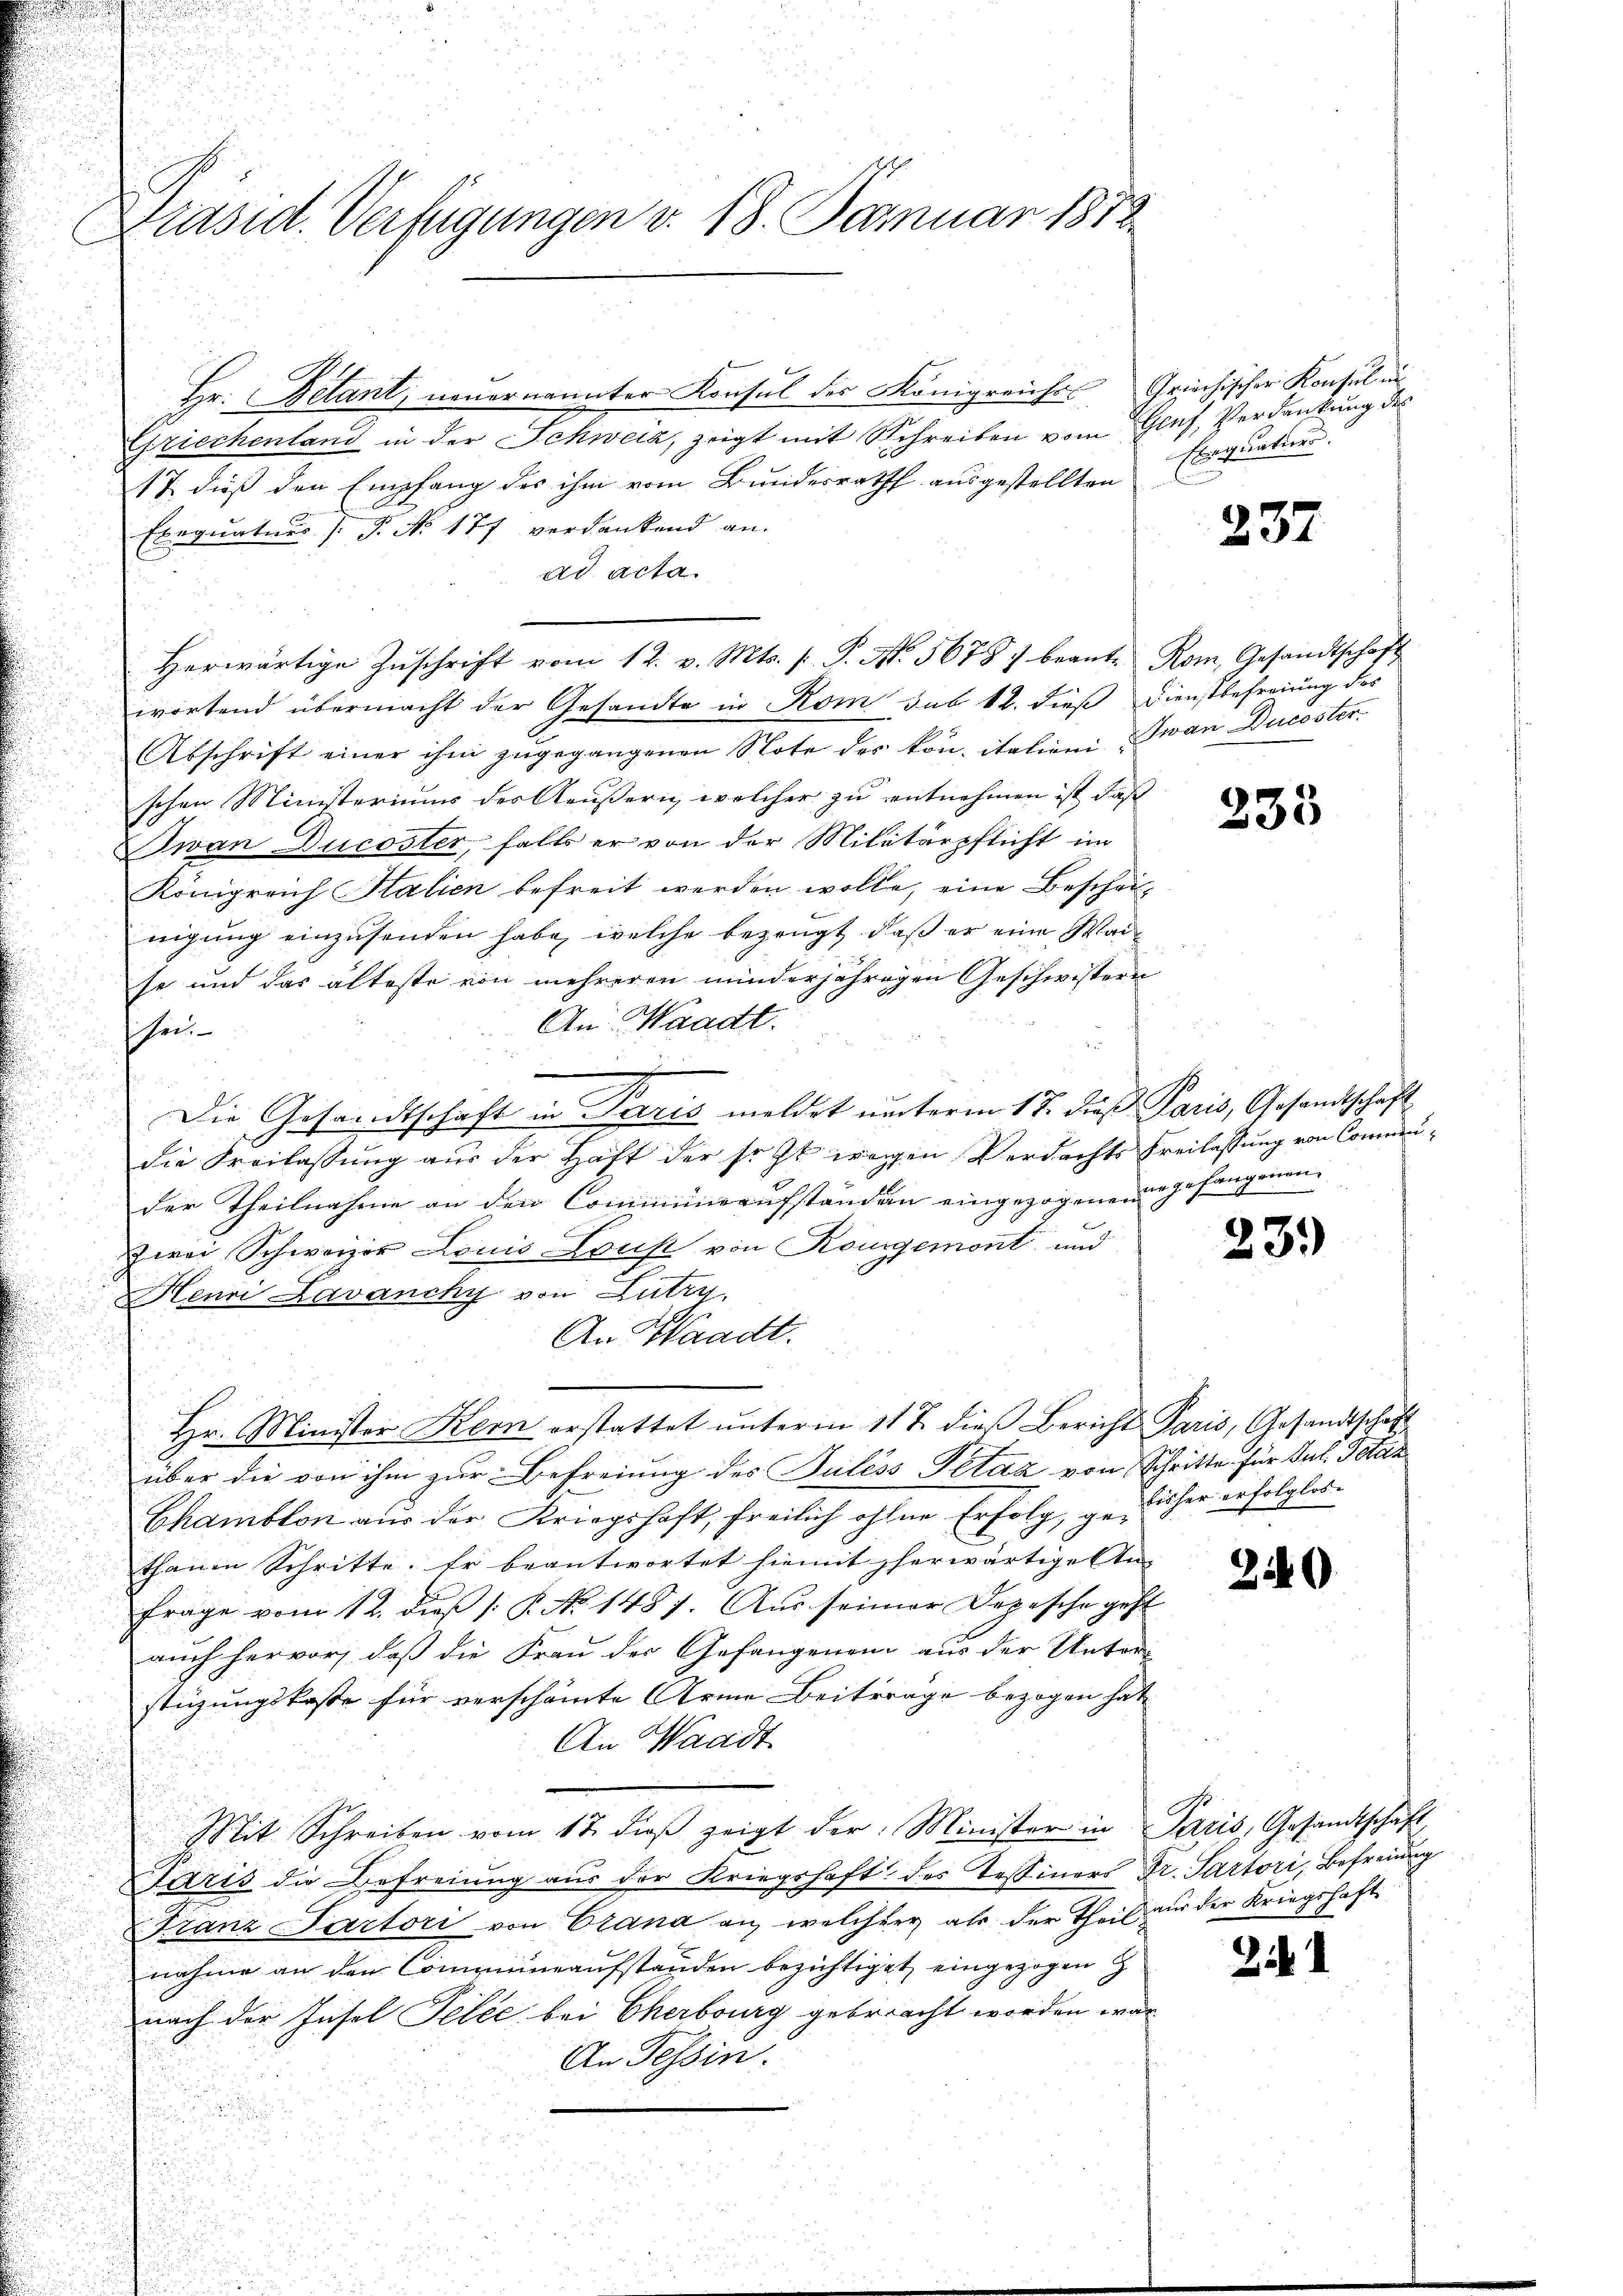
Präsid. Verfügungen v. 18. Januar 1852

Hr. Belant, neuernannter Konsul des Königreiches Griechischer Konsul in
Griechenland in der Schweiz, zeigt mit Schreiben vom Glas, Verdankung des
17. dieß der Empfang des ihm vom Bundesrath ausgestellten Exequation.
Exequaturs (T. No 177 verdankend an.
ad acta.
herwärtige Zŭschrift vom 12. v. Mts. s P. No. 56787 beant- Rom, Gesandtschaft
wortend übermacht der Gesandte in Rom sub 12. dies Dienstbefreiung des
Abschrift einer ihm zugegangenen Note des kon- italieni Iwan Ducoster
schen Ministeriums des Aeußern, welcher zu entnehmen ist, daß
Jwan Ducoster, falls er von der Militärpflicht im
Königreich Stalien befreit werden wolle, eine Beschei-
nigung einzusenden habe, welche bezeugt, daß er eine Waise und das älteste von mehreren minderjährigen Geschwistern
An Waadt.
hen
Die Gesandtschaft in Paris meldet unterm 17. Daß Paris, Gesandtschaft
die Freilassung aus der Haft der sicht wegen Verdachts Freilassung von Commuder Theilnahme an den Commüneaŭfstanden eingezogenen gefangenen
zwei Schweizer Louis-Lous von Kougemont und
Henri Lavanchy von Lutry,
t
An Waadt.
Hr. Minister Kern erstattet unterm 11 t dieß Bericht Paris, Gesandtschaft
über die von ihm zur Befreiung des Puless Petaa von Schritte für Jul. Total
Chamblon aus der Kriegshaft, freilich ohne Erfolg, ge- bisher erfolglosthanen Schritte. Er beantwortet hiemit herwärtige In-
Frage vom 12. dieß (: P. No. 1487. Aus seiner Depesche gest
auch hervor, daß die Frau der Gefangenen aus der Unter-
stüzungskoste für verschämte Arme Beiträge bezogen hat
An Waadt
Mit Schreiben vom 17. dieβ zeigt der Minister in Paris, Gesandtschaft,
Saris die Befreiung aus der Kriegshaft des Tessiners Dr. Partori, Befreiung
Franz Partori von Crana an, welcher als der Theil zur der Kriegshaftnahme an den Commeneaufstanden bezichtiget, eingezogen
nach der Insel Telle bei Cherbourg gebracht worden war
An Tessin.

237

235

23.)

2.

2.

.